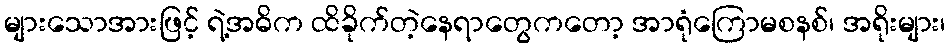
များသောအားဖြင့် ရဲ့အဓိက ထိခိုက်တဲ့နေရာတွေကတော့ အာရုံကြောမစနစ်၊ အရိုးများ၊